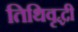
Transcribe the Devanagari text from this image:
तिथिवृद्धी